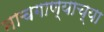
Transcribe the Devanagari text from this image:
नाचगाण्याच्या